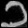
Digit: ၁